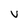
Character: v